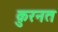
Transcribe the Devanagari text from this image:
क़ुरनत